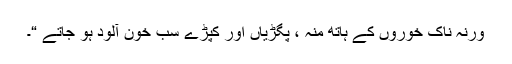
ورنہ ناک خوروں کے ہاتھ منہ ، پگڑیاں اور کپڑے سب خون آلود ہو جاتے “۔